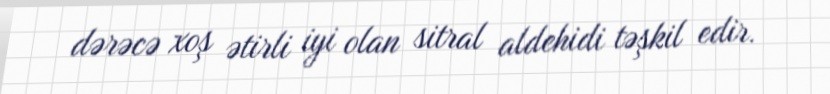
dərəcə xoş ətirli iyi olan sitral aldehidi təşkil edir.